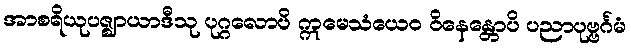
အာစရိယုပဇ္ဈာယာဒီသု ပုဂ္ဂလောပိ ဣမေသံယေဝ ဝိနေန္တောပိ ပညာပုဗ္ဗင်္ဂမံ